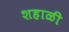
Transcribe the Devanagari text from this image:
शहाळी